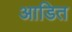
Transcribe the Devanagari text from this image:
आडित